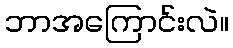
ဘာအကြောင်းလဲ။